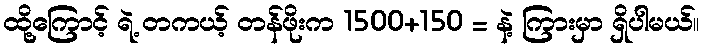
ထို့ကြောင့် ရဲ့ တကယ့် တန်ဖိုးက 1500+150 = နဲ့ ကြားမှာ ရှိပါမယ်။